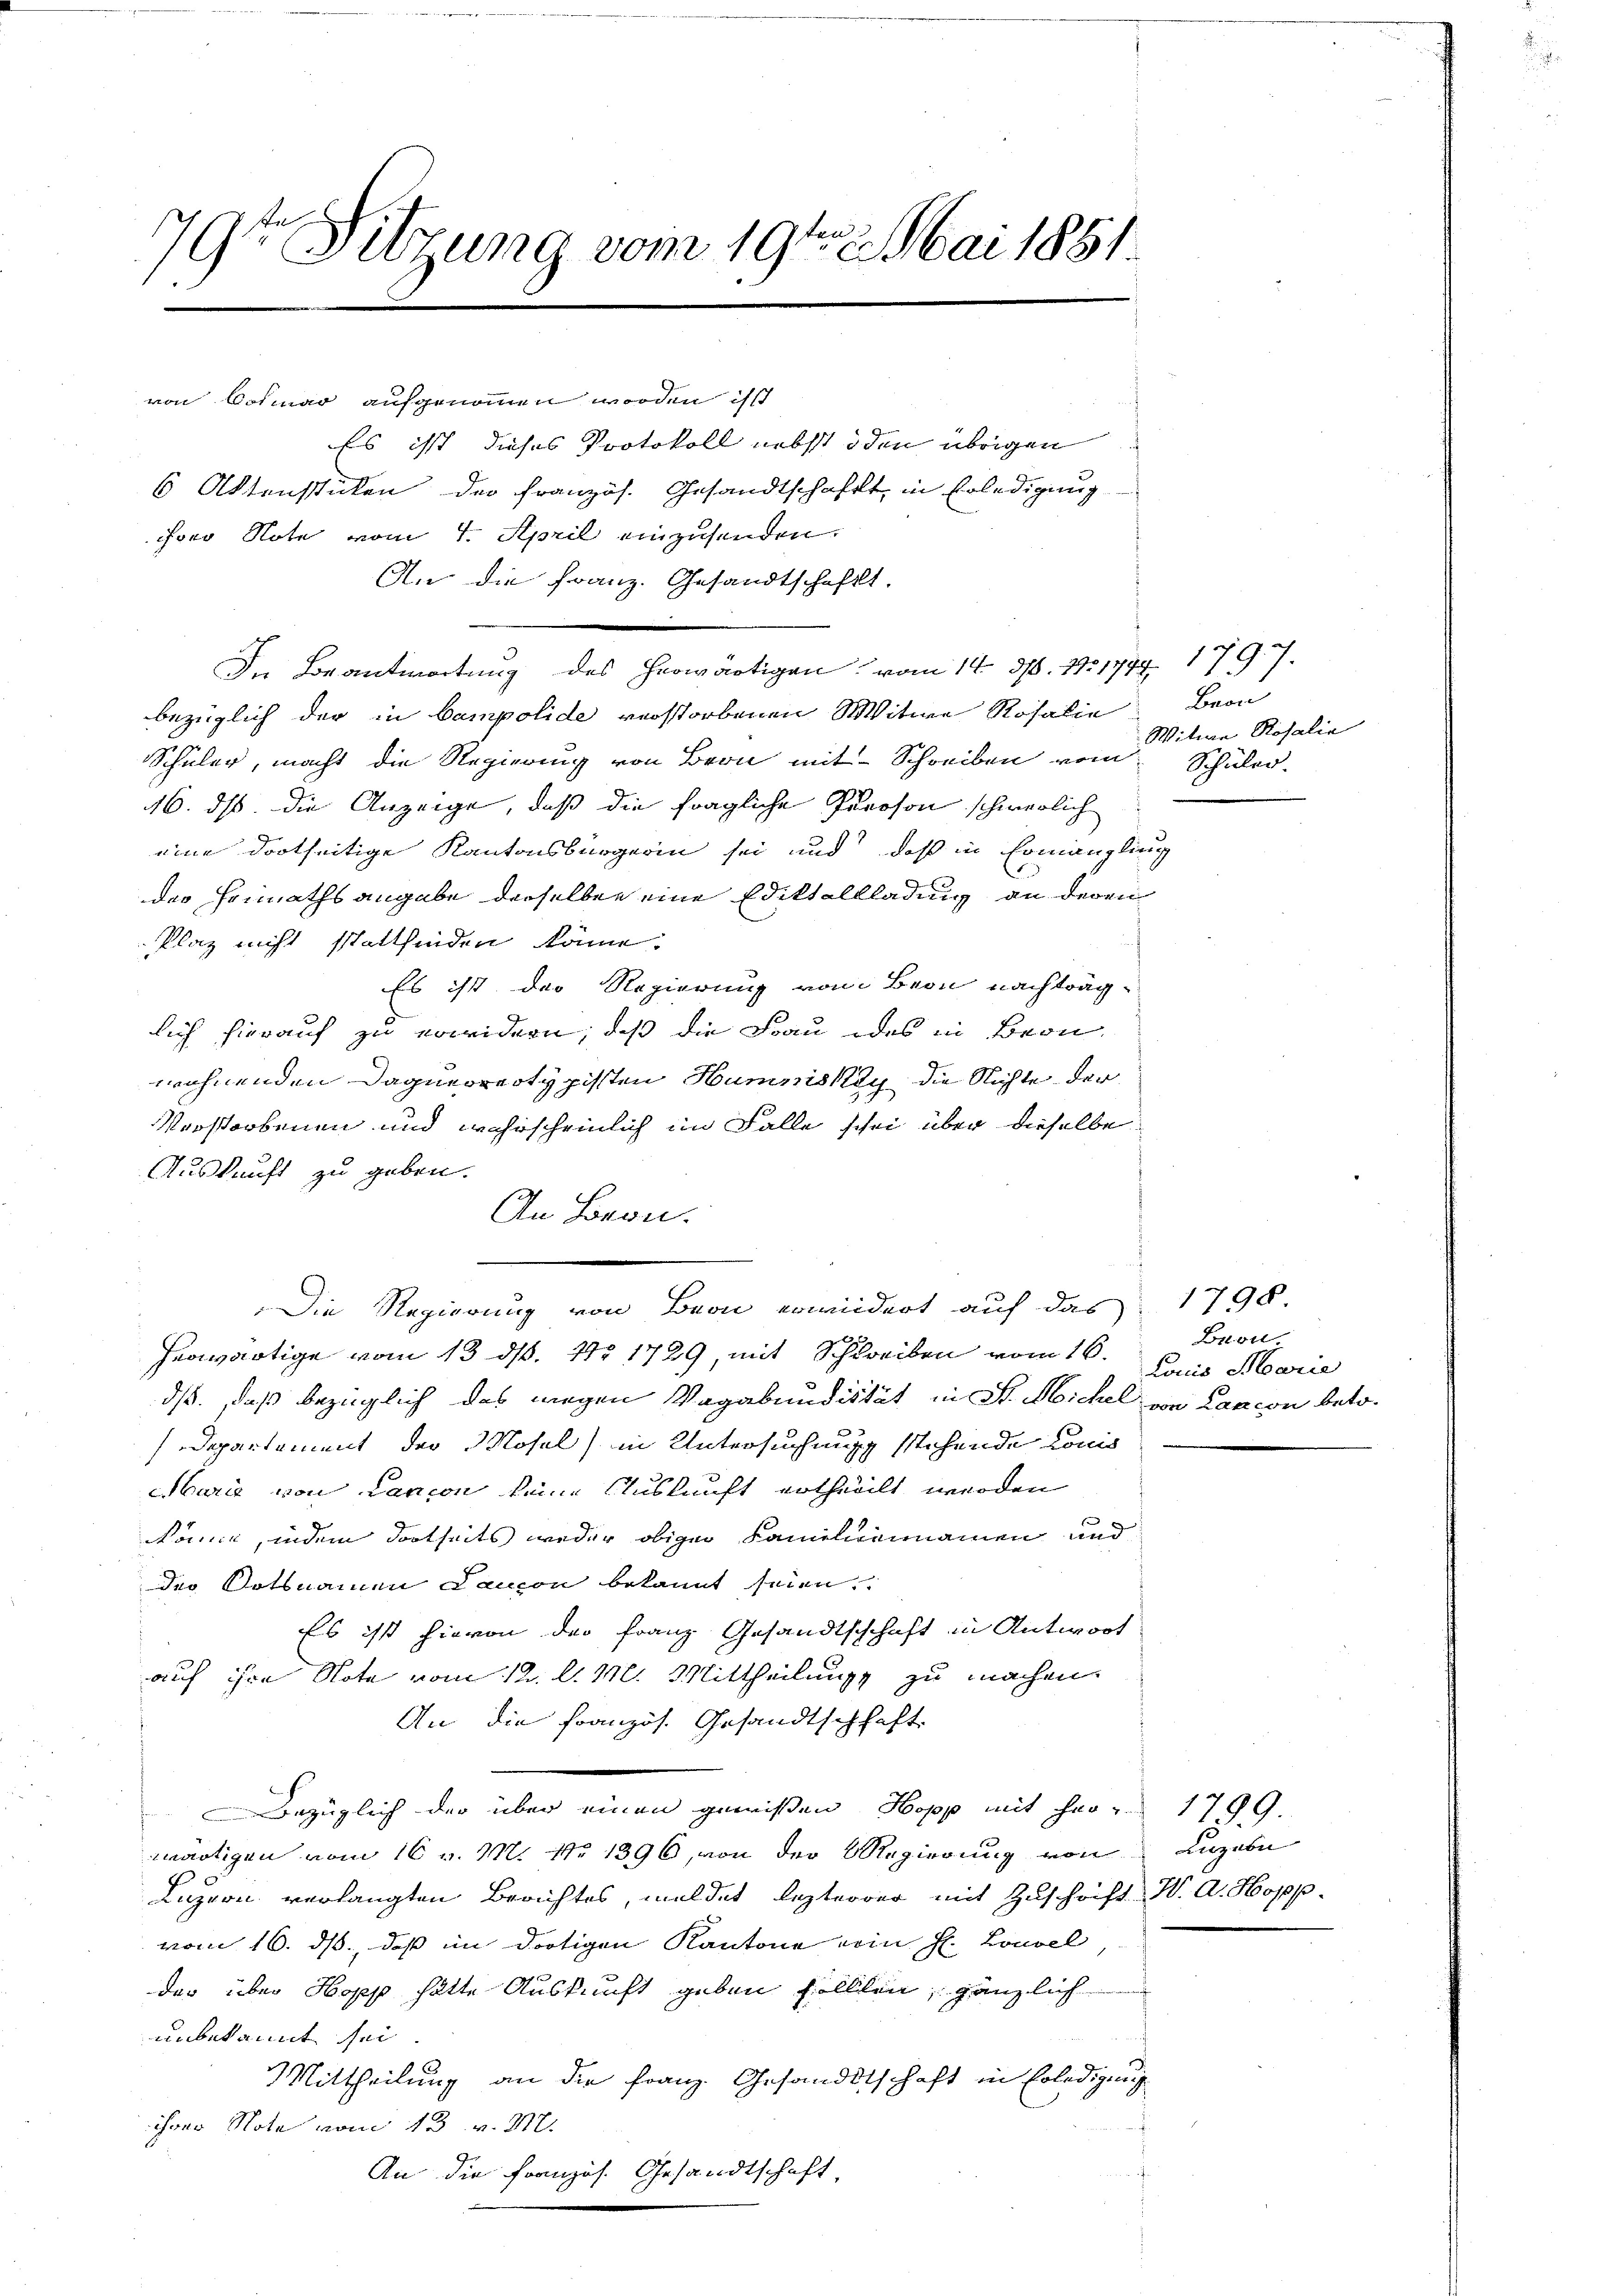
9te Sitzung vom 19ten Mai 1851.
J

von Colmar aufgenommen worden ist
Es ist dieses Protokoll nebst iden übrigen
6 Aktenstücken der Französ. Gesandtschafft, in Erledigung
Foro Note vom 4. April einzusenden.
In Beantwortung des herwärtigen vom 14. 376. 19. 1747. 1797.
bezüglich der in Campolide verstorbenen Witwe Rosalie
Schüler, macht die Regierung von Bern mit Schreiben vom Schüler-
46. ds. die Anzeige, daß die fragliche Person schwerlich
eine dortseitige Kantonsbürgerin sei und daß in Ermanglin
der Heimathsangabe derselben eine Ediktallladung an deren
Plaz nicht stattfinden könne.
Es ist der Regierung vom Bern nachträglich hierauf zu erwidern, daß die Frau des in Bern
wohnenden Daquerreotypisten Hummski die Nichte der
Verstorbenen und wahrscheinlich im Falle schei über dieselbe
Auskunft zu geben.
An Bern.
heartige vom 13. ds. No 1789 mit Schreiben vom 16.
ds., daß bezüglich des wegen Vagabundistät in St. Nichel von Lancon betr¬
Departement der Mosel) in Untersuchung stehende Comis
Marie von Lancon keine Auskunft ertheillt werden
Römie, indem dortheits weder obiger Familiennamen und
der Ortsnamen Laucon bekannt seien.
Es ist hievon der Franz Gesandtschchaft in Antwort
auf ihre Note vom 12. l. M. Mittheilung zu machen.
An die französ. Gesandtschhaft
Bezüglich der über einen gewißen Hopp mit Herz 1799.
wärtigen vom 16 v. M. No 1396, von der Regierung von Luzern
Luzern verlangten Berichtes, meldet lezterer mit Zuschrift W. A. Hopp
vom 16. ds, daß im dortigen Kantone von H. Louvel
der über Hopp hätte Auskunft geben sollten, gänzlich
unbekannt sei
Mittheilung an die Franz. Gesandtschaft in Erledigung
ihrer Note vom 13. v. M.
An die Französ. Gesandtschaft,

An die Franz. Gesandtschafft.

Die Regierung von Bern erwiedert auf das 1798.

Bran
Witwe Rosalie

g

Bron.
Lauis Marie